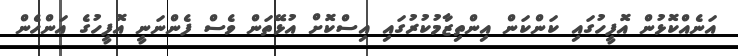
އަނެއްކޮޅުން އޮފީހުގައި ކަންކަން އިންތިޒާމުކުރުގައި އިސްކޮށް އުޅޭތަން ވެސް ފެންނަނީ އޮފީހުގެ އަންހެން